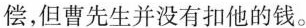
偿，但曹先生并没有扣他的钱。